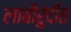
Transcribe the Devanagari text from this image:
लांबीरुंदीत